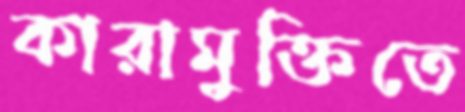
কারামুক্তিতে